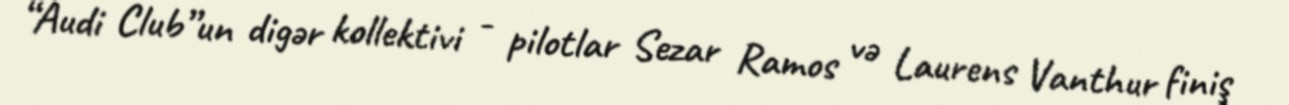
“Audi Club”un digər kollektivi - pilotlar Sezar Ramos və Laurens Vanthur finiş